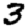
Digit: 3